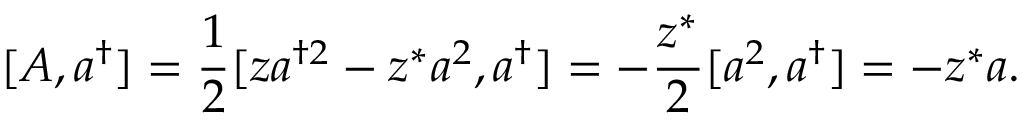
[ A , a ^ { \dagger } ] = { \frac { 1 } { 2 } } [ z a ^ { \dagger 2 } - z ^ { * } a ^ { 2 } , a ^ { \dagger } ] = - { \frac { z ^ { * } } { 2 } } [ a ^ { 2 } , a ^ { \dagger } ] = - z ^ { * } a .